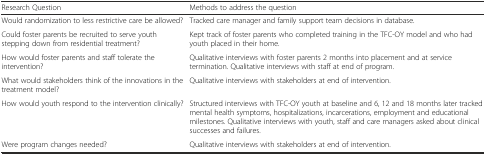
<table><thead><tr><td><b>Research Question</b></td><td><b>Methods to address the question</b></td></tr></thead><tbody><tr><td>Would randomization to less restrictive care be allowed?</td><td>Tracked care manager and family support team decisions in database.</td></tr><tr><td>Could foster parents be recruited to serve youth stepping down from residential treatment?</td><td>Kept track of foster parents who completed training in the TFC-OY model and who had youth placed in their home.</td></tr><tr><td>How would foster parents and staff tolerate the intervention?</td><td>Qualitative interviews with foster parents 2 months into placement and at service termination. Qualitative interviews with staff at end of program.</td></tr><tr><td>What would stakeholders think of the innovations in the treatment model?</td><td>Qualitative interviews with stakeholders at end of intervention.</td></tr><tr><td>How would youth respond to the intervention clinically?</td><td>Structured interviews with TFC-OY youth at baseline and 6, 12 and 18 months later tracked mental health symptoms, hospitalizations, incarcerations, employment and educational milestones. Qualitative interviews with youth, staff and care managers asked about clinical successes and failures.</td></tr><tr><td>Were program changes needed?</td><td>Qualitative interviews with stakeholders at end of intervention.</td></tr></tbody></table>